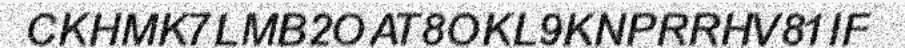
CKHMK7LMB2OAT8OKL9KNPRRHV81IF